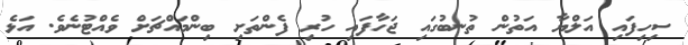
ސިހިފައި އަލްޔާ އަތުން ތުނބުގައި ޖަހާފައި ހުރި ފެންތަށި ބިންމައްޗަށް ވެއްޓުނެވެ. އަޅެ